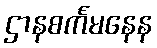
ဌာနစင်္ကမနေန